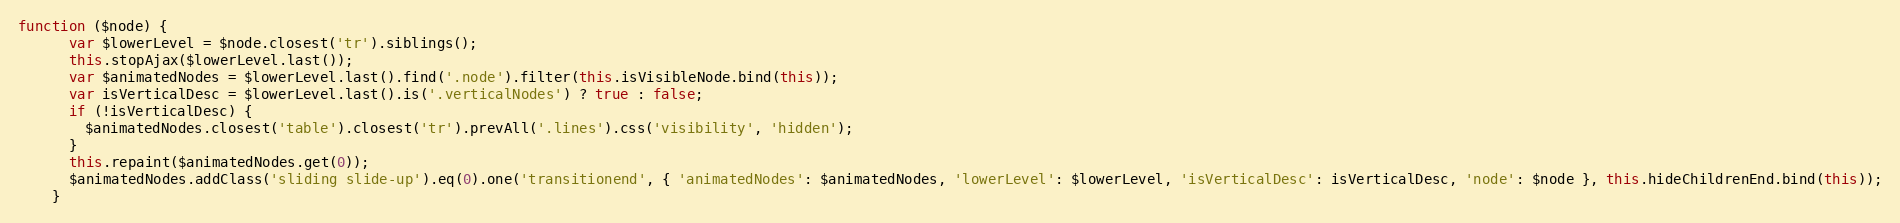
Language: JavaScript
function ($node) {
      var $lowerLevel = $node.closest('tr').siblings();
      this.stopAjax($lowerLevel.last());
      var $animatedNodes = $lowerLevel.last().find('.node').filter(this.isVisibleNode.bind(this));
      var isVerticalDesc = $lowerLevel.last().is('.verticalNodes') ? true : false;
      if (!isVerticalDesc) {
        $animatedNodes.closest('table').closest('tr').prevAll('.lines').css('visibility', 'hidden');
      }
      this.repaint($animatedNodes.get(0));
      $animatedNodes.addClass('sliding slide-up').eq(0).one('transitionend', { 'animatedNodes': $animatedNodes, 'lowerLevel': $lowerLevel, 'isVerticalDesc': isVerticalDesc, 'node': $node }, this.hideChildrenEnd.bind(this));
    }